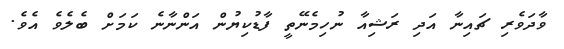
ވާދަވެރި ޗައިނާ އަދި ރަޝިއާ ނުހިމެނޭތީ ފާޑުކިޔުން އަންނާނެ ކަމަށް ބެލެވެ އެވެ.